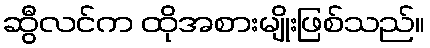
ဆွီလင်က ထိုအစားမျိုးဖြစ်သည်။